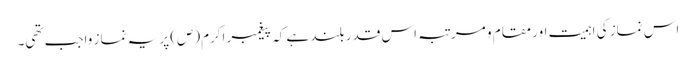
اس نماز کی اہمیت اور مقام و مرتبہ اس قدر بلند ہے کہ پیغمبر اکرم(ص) پر یہ نماز واجب تھی۔